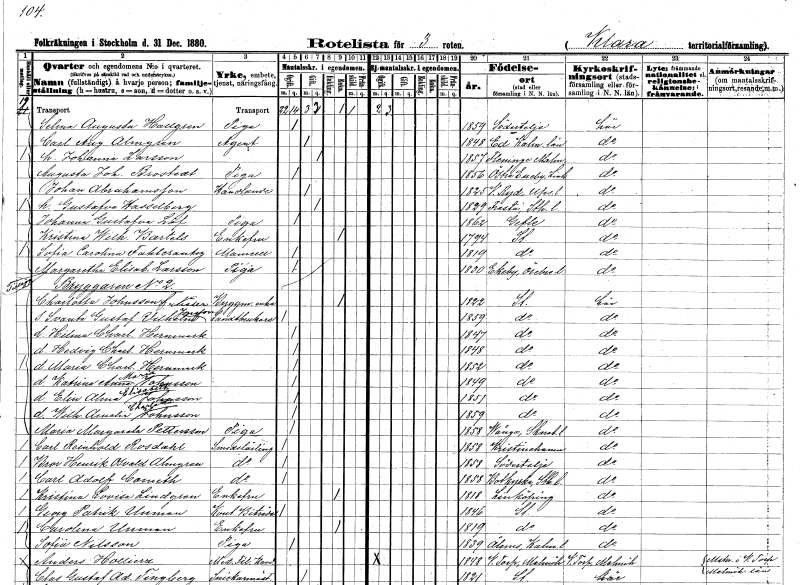
gt_parse: households: individuals: FN: Selma Augusta
EN: Hallgren
YRKE: Piga
KON: K
CIV: O
FODAR: 1859
FODFORS: Södertälje Stockholms län
FN: Carl August
EN: Almgren
YRKE: Agent
KON: M
CIV: G
FODAR: 1848
FODFORS: Ed Kalmar län
FN: Johanna
EN: Larsson
KON: K
CIV: G
FODAR: 1857
FODFORS: Fleninge Malmöhus län
FN: Augusta Johanna
EN: Brostedt
YRKE: Piga
KON: K
CIV: O
FODAR: 1856
FODFORS: Östra Eneby Östergötlands län
FN: Johan
EN: Abrahamsson
YRKE: Handlande
KON: M
CIV: G
FODAR: 1825
FODFORS: Västra Ryd Stockholms län
FN: Gustafva
EN: Hasselberg
KON: K
CIV: G
FODAR: 1829
FODFORS: Fresta Stockholms län
FN: Johanna Gustafva
EN: Löf
YRKE: Piga
KON: K
CIV: O
FODAR: 1862
FODFORS: Gävle Gävleborgs län
FN: Kristina Wilhelmina
EN: Bartels
KON: K
CIV: E
FODAR: 1794
FODFORS: Stockholm
FN: Sofia Carolina
EN: Fahlcrantz
KON: K
CIV: O
FODAR: 1819
FODFORS: Stockholm
FN: Margaretha Elisabet
EN: Larsson
YRKE: Piga
KON: K
CIV: O
FODAR: 1830
FODFORS: Ekeby Örebro län
FN: Charlotta
EN: Johnsson Nisser
YRKE: Byggmästareänka
KON: K
CIV: E
FODAR: 1822
FODFORS: Stockholm
FN: Svante Gustaf Vilhelm
EN: Jonsson
YRKE: Lantbrukare
KON: M
CIV: O
FODAR: 1859
FODFORS: Stockholm
FN: Hilma Charlotta
EN: Hernmark
KON: K
CIV: O
FODAR: 1847
FODFORS: Stockholm
FN: Hedvig Charlotta
EN: Hernmark
KON: K
CIV: O
FODAR: 1848
FODFORS: Stockholm
FN: Maria Charlotta
EN: Hernmark
KON: K
CIV: O
FODAR: 1852
FODFORS: Stockholm
FN: Katrina Anna Maria
EN: Johnsson
KON: K
CIV: O
FODAR: 1849
FODFORS: Stockholm
FN: Elin Alma Elisabeth
EN: Johnsson
KON: K
CIV: O
FODAR: 1851
FODFORS: Stockholm
FN: Wilhelmina Amelie Charlotta
EN: Johnsson
KON: K
CIV: O
FODAR: 1859
FODFORS: Stockholm
FN: Maria Margareta
EN: Pettersson
YRKE: Piga
KON: K
CIV: O
FODAR: 1858
FODFORS: Vånga Skaraborgs län
FN: Carl Reinhold
EN: Rosdahl
YRKE: Smedslärling
KON: M
CIV: O
FODAR: 1858
FODFORS: Kristinehamn Värmlands län
FN: Bror Henrik Osvald
EN: Almgren
YRKE: Smedslärling
KON: M
CIV: O
FODAR: 1858
FODFORS: Södertälje Stockholms län
FN: Carl Adolf
EN: Cometh
YRKE: Smedslärling
KON: M
CIV: O
FODAR: 1858
FODFORS: Botkyrka Stockholms län
FN: Kristina Lovisa
EN: Lindgren
KON: K
CIV: E
FODAR: 1818
FODFORS: Linköping Östergötlands län
FN: Georg Patrik
EN: Unman
YRKE: Kontorsbiträde
KON: M
CIV: O
FODAR: 1846
FODFORS: Stockholm
FN: Carolina
EN: Unman
KON: K
CIV: E
FODAR: 1819
FODFORS: Stockholm
FN: Sofia
EN: Nilsson
YRKE: Piga
KON: K
CIV: O
FODAR: 1839
FODFORS: Ålem Kalmar län
FN: Anders
EN: Hollierz
YRKE: Medicine fil. Kand.
KON: M
CIV: O
FODAR: 1848
FODFORS: Torp Malmöhus län
FN: Clas Gustaf Adolf
EN: Tingberg
YRKE: Snickaremästare
KON: M
CIV: G
FODAR: 1821
FODFORS: Stockholm